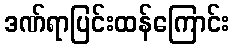
ဒဏ်ရာပြင်းထန်ကြောင်း